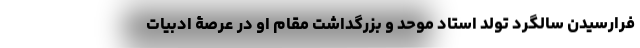
فرارسیدن سالگرد تولد استاد موحد و بزرگداشت مقام او در عرصۀ ادبیات